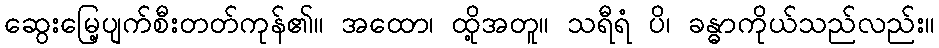
ဆွေးမြေ့ပျက်စီးတတ်ကုန်၏။ အထော၊ ထို့အတူ။ သရီရံ ပိ၊ ခန္ဓာကိုယ်သည်လည်း။